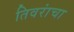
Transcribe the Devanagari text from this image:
तिवरांचा